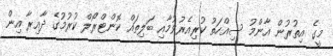
މީގެ އިތުރުން އާންމު ސިއްހަތު ކުރިއެރުވުމާއި ބަލިތައް ކޮންޓްރޯލް ކުރުމުގެ ދާއިރާ އިން